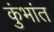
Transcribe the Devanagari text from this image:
कुंभांत